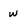
Character: w